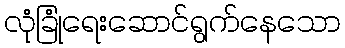
လုံခြုံရေးဆောင်ရွက်နေသော